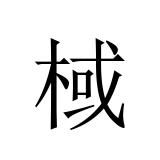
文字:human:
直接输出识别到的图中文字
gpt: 棫